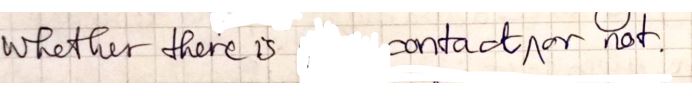
whether there is, contact, or not.